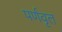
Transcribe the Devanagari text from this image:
पर्णवृत